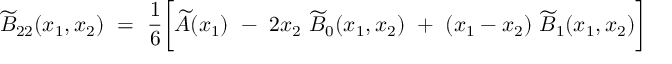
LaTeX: \widetilde { B } _ { 2 2 } ( x _ { 1 } , x _ { 2 } ) ~ = ~ \frac { 1 } { 6 } \bigg [ \widetilde { A } ( x _ { 1 } ) ~ - ~ 2 x _ { 2 } ~ \widetilde { B } _ { 0 } ( x _ { 1 } , x _ { 2 } ) ~ + ~ ( x _ { 1 } - x _ { 2 } ) ~ \widetilde { B } _ { 1 } ( x _ { 1 } , x _ { 2 } ) \bigg ]